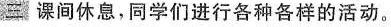
三 课间休息，同学们进行各种各样的活动。